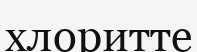
хлоритте